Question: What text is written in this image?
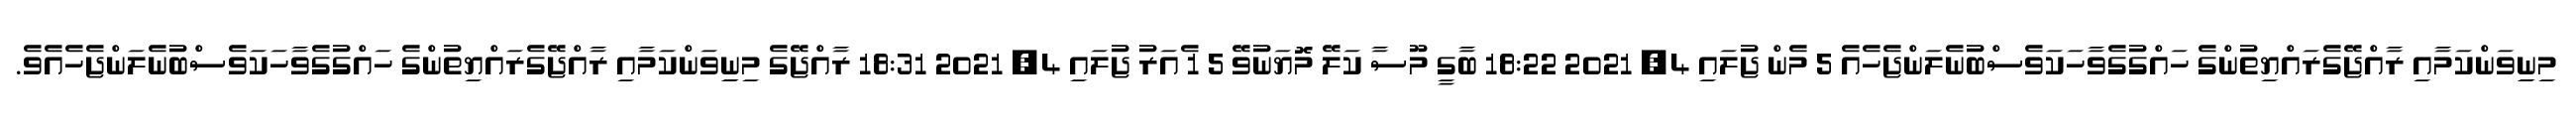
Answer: މިނިިވަންކަމާއި ރާއްޖޭގެރައްޔިތުންގެ ހައްގުގެވާހަކަވެސްބުނެލަންޖެހެއެ 5 މެން ޖުލައި 4, 2021 18:22 ބާގީ މޫސާ ކަލޭ މޮޔަނުވޭ 5 1 ެއަރު ޖުލައި 4, 2021 18:31 ރާއްޖޭގެ މިނިިވަންކަމާއި ރާއްޖޭގެރައްޔިތުންގެ ހައްގުގެވާހަކަވެސްބުނެލަންޖެހެއެވެ.